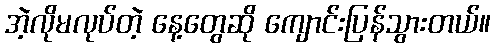
အဲ့လိုမလုပ်တဲ့ နေ့တွေဆို ကျောင်းပြန်သွားတယ်။